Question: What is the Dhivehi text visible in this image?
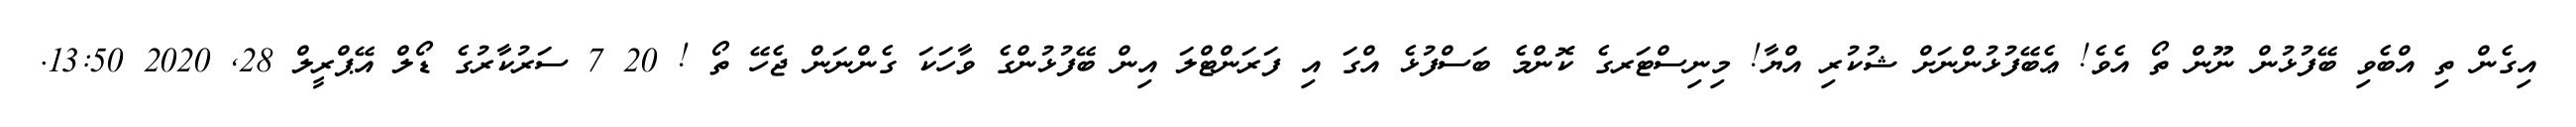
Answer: އިގެން ތި އްބެވި ބޭފުޅުން ނޫން ތޯ އެވެ! ޢެބޭފުޅުންނަށް ޝުކުރި އްޔާ! މިނިސްޓަރގެ ކޮންމެ ބަސްފުޅެ އްގަ އި ފަރަންޓްލަ އިން ބޭފުޅުންގެ ވާހަކަ ގެންނަން ޖެހޭ ތޯ ! 20 7 ސަރުކާރުގެ ޑޯލް އޭޕްރީލް 28, 2020 13:50.